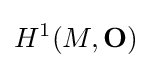
H^{1}(M,\mathbf {O} )